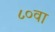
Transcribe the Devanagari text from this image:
८०वा